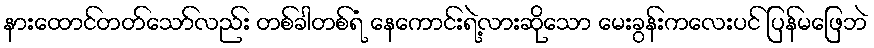
နားထောင်တတ်သော်လည်း တစ်ခါတစ်ရံ နေကောင်းရဲ့လားဆိုသော မေးခွန်းကလေးပင် ပြန်မဖြေဘဲ